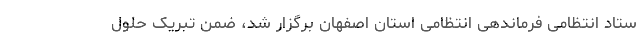
ستاد انتظامی فرماندهی انتظامی استان اصفهان برگزار شد، ضمن تبریک حلول